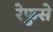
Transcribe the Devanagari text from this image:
रेफुसे